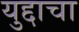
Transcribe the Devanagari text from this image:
युद्दाचा